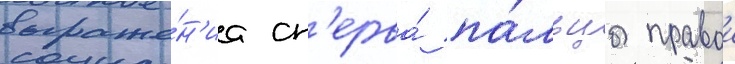
выраже́н'иа сп'ерва́ па́льцы правои